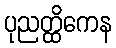
ပုညတ္ထိကေန